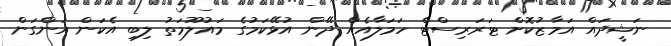
ނަޝީދައް އަމާޒުކޮށް ޓަރަރިސްޓް ހަމަލާއެއް ދޭން އުޅޭކަމުގެ މައުލޫމަތު ލިބި އެކަން އަންގަން